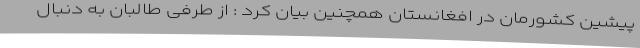
پیشین کشورمان در افغانستان همچنین بیان کرد : از طرفی طالبان به دنبال